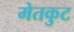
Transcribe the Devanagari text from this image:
मेतकुट